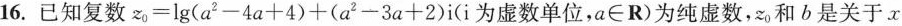
16.已知复数$$z_{0}=\lg(a^{2}-4a+4)+(a^{2}-3a+2)i$$(i为虚数单位，$$a\in R$$)为纯虚数，z_{0}和b是关于x